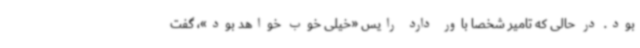
بود. در حالی که تامیر شخصا باور دارد رایس «خیلی خوب خواهد بود»، گفت